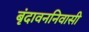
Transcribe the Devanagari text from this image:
बृंदावननिवासी